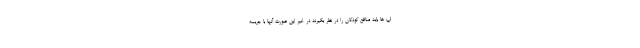
اپ ها باید منافع کودکان را در نظر بگیرند در غیر این صورت آنها با جریمه